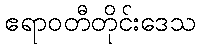
ဧရာဝတီတိုင်းဒေသ